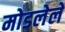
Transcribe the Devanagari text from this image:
मोडलेले